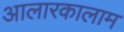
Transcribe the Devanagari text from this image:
आलारकालाम